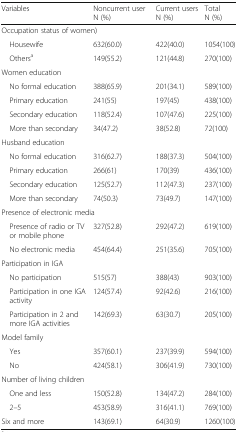
<table><thead><tr><td><b>Variables</b></td><td><b>Noncurrent user N (%)</b></td><td><b>Current users N (%)</b></td><td><b>Total N (%)</b></td></tr></thead><tbody><tr><td colspan="4">Occupation status of women)</td></tr><tr><td> Housewife</td><td>632(60.0)</td><td>422(40.0)</td><td>1054(100)</td></tr><tr><td> Others<sup>a</sup></td><td>149(55.2)</td><td>121(44.8)</td><td>270(100)</td></tr><tr><td colspan="4">Women education</td></tr><tr><td> No formal education</td><td>388(65.9)</td><td>201(34.1)</td><td>589(100)</td></tr><tr><td> Primary education</td><td>241(55)</td><td>197(45)</td><td>438(100)</td></tr><tr><td> Secondary education</td><td>118(52.4)</td><td>107(47.6)</td><td>225(100)</td></tr><tr><td> More than secondary</td><td>34(47.2)</td><td>38(52.8)</td><td>72(100)</td></tr><tr><td colspan="4">Husband education</td></tr><tr><td> No formal education</td><td>316(62.7)</td><td>188(37.3)</td><td>504(100)</td></tr><tr><td> Primary education</td><td>266(61)</td><td>170(39)</td><td>436(100)</td></tr><tr><td> Secondary education</td><td>125(52.7)</td><td>112(47.3)</td><td>237(100)</td></tr><tr><td> More than secondary</td><td>74(50.3)</td><td>73(49.7)</td><td>147(100)</td></tr><tr><td colspan="4">Presence of electronic media</td></tr><tr><td> Presence of radio or TV or mobile phone</td><td>327(52.8)</td><td>292(47.2)</td><td>619(100)</td></tr><tr><td> No electronic media</td><td>454(64.4)</td><td>251(35.6)</td><td>705(100)</td></tr><tr><td colspan="4">Participation in IGA</td></tr><tr><td> No participation</td><td>515(57)</td><td>388(43)</td><td>903(100)</td></tr><tr><td> Participation in one IGA activity</td><td>124(57.4)</td><td>92(42.6)</td><td>216(100)</td></tr><tr><td> Participation in 2 and more IGA activities</td><td>142(69.3)</td><td>63(30.7)</td><td>205(100)</td></tr><tr><td colspan="4">Model family</td></tr><tr><td> Yes</td><td>357(60.1)</td><td>237(39.9)</td><td>594(100)</td></tr><tr><td> No</td><td>424(58.1)</td><td>306(41.9)</td><td>730(100)</td></tr><tr><td colspan="4">Number of living children</td></tr><tr><td> One and less</td><td>150(52.8)</td><td>134(47.2)</td><td>284(100)</td></tr><tr><td> 2–5</td><td>453(58.9)</td><td>316(41.1)</td><td>769(100)</td></tr><tr><td>Six and more</td><td>143(69.1)</td><td>64(30.9)</td><td>1260(100)</td></tr></tbody></table>